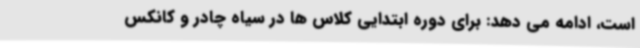
است، ادامه می دهد: برای دوره ابتدایی کلاس ها در سیاه چادر و کانکس